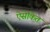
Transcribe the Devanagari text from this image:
ऐसेकित